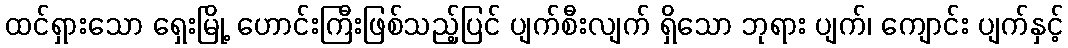
ထင်ရှားသော ရှေးမြို့ ဟောင်းကြီးဖြစ်သည့်ပြင် ပျက်စီးလျက် ရှိသော ဘုရား ပျက်၊ ကျောင်း ပျက်နှင့်